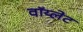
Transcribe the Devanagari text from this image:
वॉय्लेट